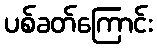
ပစ်ခတ်ကြောင်း